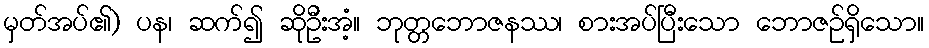
မှတ်အပ်၏) ပန၊ ဆက်၍ ဆိုဦးအံ့။ ဘုတ္တဘောဇနဿ၊ စားအပ်ပြီးသော ဘောဇဉ်ရှိသော။